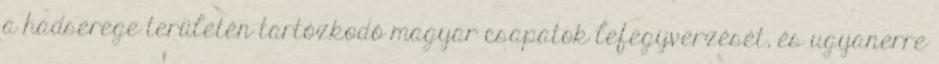
a hadserege területén tartózkodó magyar csapatok lefegyverzését, és ugyanerre